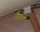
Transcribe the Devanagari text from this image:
मैक्वायर